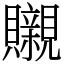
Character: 䞋